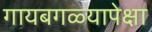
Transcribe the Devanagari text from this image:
गायबगळ्यापेक्षा